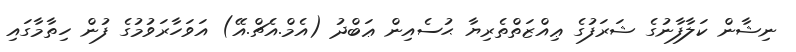
ނިޝާން ކަލާފާނުގެ ޝަރަފުގެ ޢިއްޒަތްތެރިޔާ ޙުސެއިން ޢަބްދު (އެމް.އެޗް.އޭ) އަވަހާރަވުމުގެ ފުން ހިތާމާގައި